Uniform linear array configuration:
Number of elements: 16
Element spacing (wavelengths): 0.75
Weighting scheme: uniform
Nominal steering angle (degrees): -30
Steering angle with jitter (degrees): -28.072
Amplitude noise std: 0.05
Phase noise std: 0.05

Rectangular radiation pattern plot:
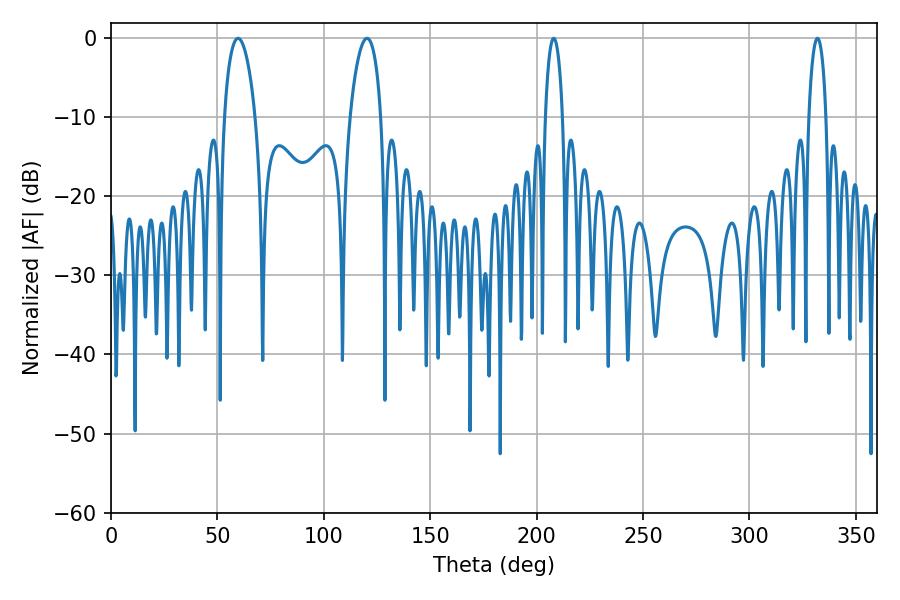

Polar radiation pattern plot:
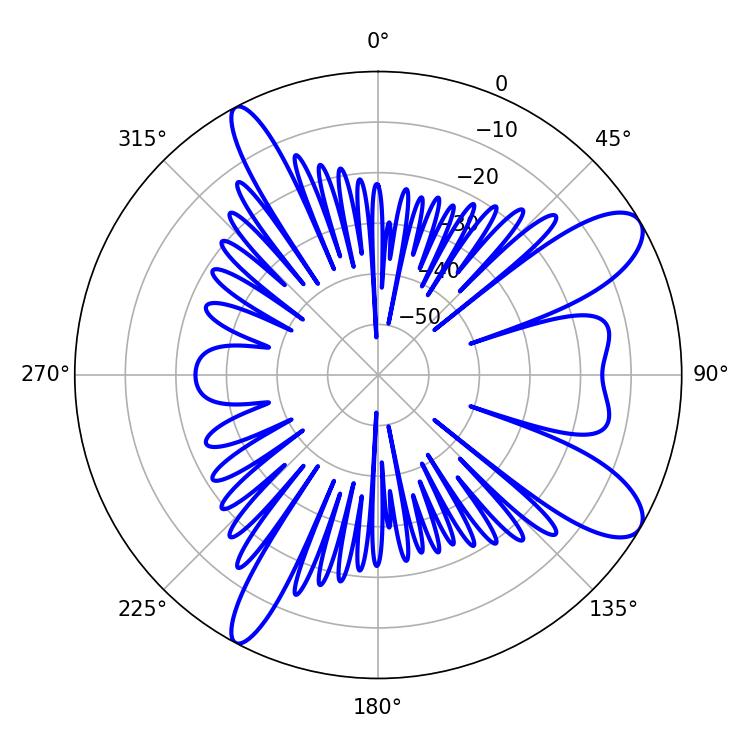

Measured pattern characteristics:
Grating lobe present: TRUE
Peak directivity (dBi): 10.035
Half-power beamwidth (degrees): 8.28
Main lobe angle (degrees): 59.76